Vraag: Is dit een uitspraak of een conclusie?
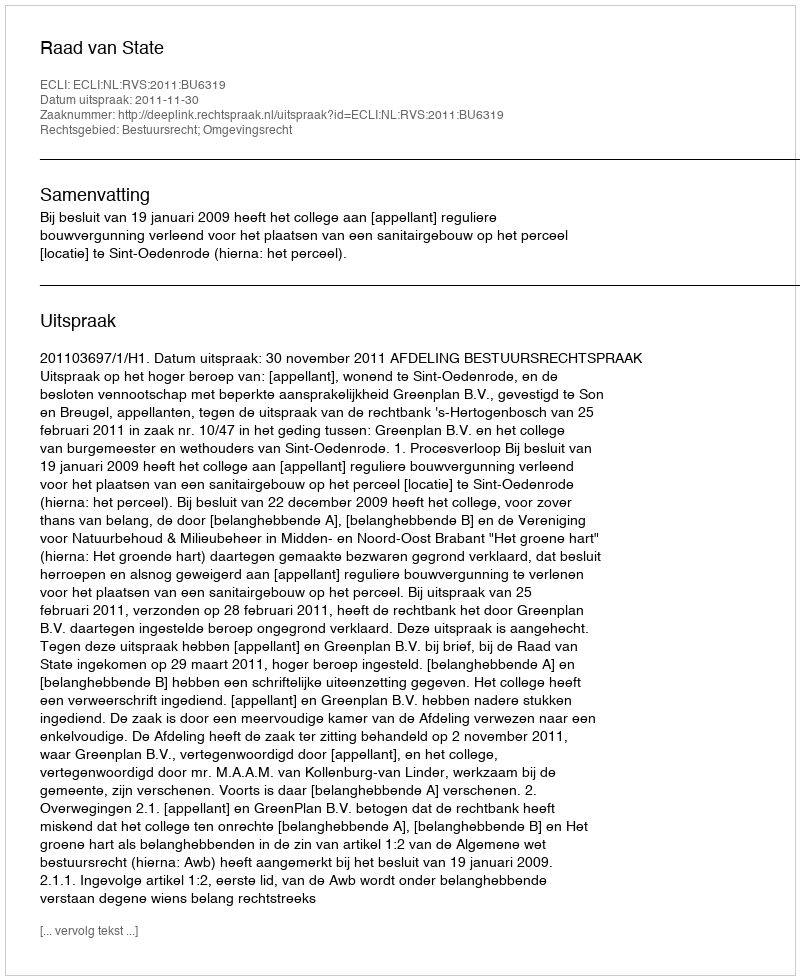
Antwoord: Uitspraak